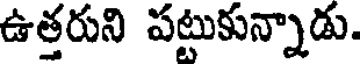
ఉత్తరుని పట్టుకున్నాడు.